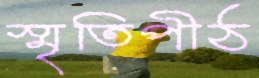
স্মৃতিপীঠ